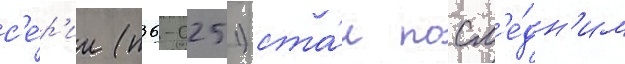
с'е́р'ии (п36-0251) ста́л посл'е́дн'им